Lunatic asylums Bombay report 1878-1890 - 1878-1890
Year: 1878
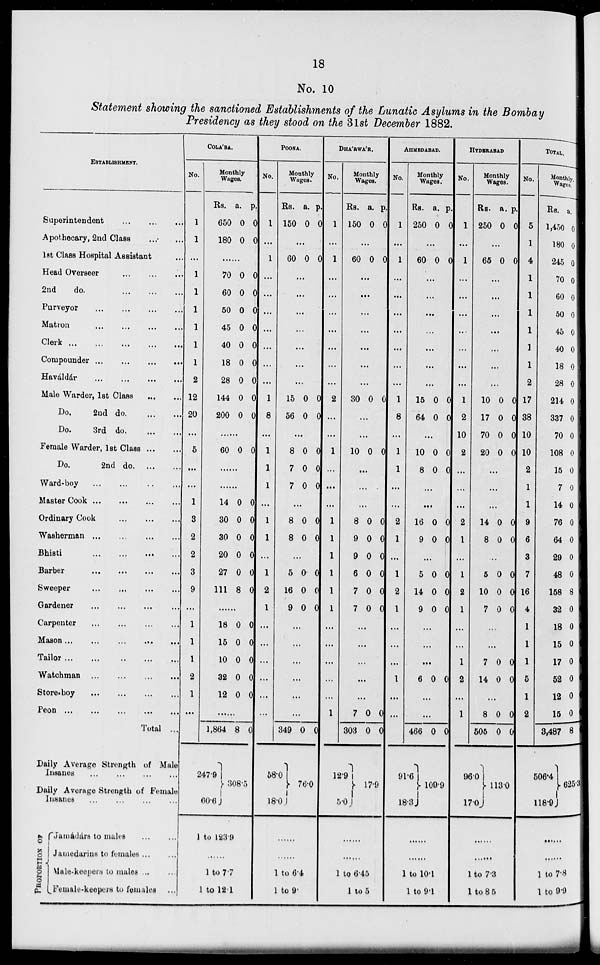
18
No. 10
Statement showing the sanctioned Establishments of the Lunatic Asylums in the Bombay
Presidency as they stood on the 31st December 1882.
ESTABLISHMENT.
Superintendent
...
...
...
Apothecary, 2nd Class ... ...
1st Class Hospital Assistant ...
Head Overseer ... ... ...
2nd
do.
...
...
...
Purveyor
...
...
...
...
Matron ... ... ... ...
Clerk
...
...
...
...
...
Compounder
...
...
...
...
Haváldár
...
...
...
...
Male Warder, 1st Class
...
...
Do.
2nd
do. ... ...
Do.
3rd
do. ... ...
Female Warder, 1st Class
...
...
Do.
2nd
do. ... ...
Ward-boy
...
...
..
...
Master Cook
...
...
...
...
Ordinary Cook
...
...
...
Washerman
...
...
...
...
Bhisti
...
...
...
...
Barber
...
...
...
...
Sweeper ... ... ... ...
Gardener
...
...
...
...
Carpenter
...
...
...
...
Mason...
...
...
...
...
Tailor
...
...
..
...
...
Watchman
...
...
...
...
Store-boy
...
...
...
...
Peon
...
...
...
...
...
Total ...
Daily Average Strength of Male
Insanes
...
...
...
...
Daily Average Strength of Female
Insanes
PROPORTION OF
Jamádárs to males ... ...
Jamedarins to females ... ...
Male-keepers to males ... ...
Female-keepers to females ...
COLA'BA.
No.
1
1
...
1
1
1
1
1
1
2
12
20
...
5
...
...
1
3
2
2
3
9
...
1
1
1
2
1
...
Monthly
Wages.
Rs.
650
180
a.
0
0
p.
0
0
......
70
60
50
45
40
18
28
144
200
0
0
0
0
0
0
0
0
0
0
0
0
0
0
0
0
0
0
......
60 0 0
......
......
14
30
30
20
27
111
0
0
0
0
0
8
0
0
0
0
0
0
......
18
15
10
32
12
0
0
0
0
0
0
0
0
0
0
...
1,864
247.9
60.6
8 0
308.5
1 to 123.9
......
1 to 7.7
1 to 12.1
POONA.
No.
1
...
1
...
...
...
...
...
...
...
1
8
...
1
1
1
...
1
1
...
1
2
1
...
...
...
...
...
...
Monthly
Wages.
Rs.
150
a.
0
p.
0
...
60 0 0
...
...
...
...
...
...
...
15
56
0
0
0
0
...
8
7
7
0
0
0
0
0
0
...
8
8
0
0
0
0
...
5
16
9
0
0
0
0
0
0
...
...
...
...
...
...
349
58.0
18.0
0 0
76.0
......
......
1 to 6.4
1 to 9
DHA'RWA'R.
No.
1
...
1
...
...
...
...
...
...
...
2
...
1
...
...
...
1
1
1
1
1
1
...
...
...
...
...
1
Monthly
Wages.
Rs.
150
a.
0
p.
0
...
60 0 0
...
...
...
...
...
...
...
30 0 0
...
...
10 0 0
...
...
...
8
9
9
6
7
7
0
0
0
0
0
0
0
0
0
0
0
0
...
...
...
...
...
7
303
12.9
5.0
0
0
0
0
17.9
......
......
1 to 6.45
1 to 5
AHMEDABAD.
No.
1
...
1
...
...
...
...
...
...
...
1
8
...
1
1
...
...
2
1
...
1
2
1
...
...
...
1
...
...
Monthly
Wages.
Rs.
250
a.
0
p.
0
...
60 0 0
...
...
...
...
...
...
...
15
64
0
0
0
0
...
10
8
0
0
0
0
...
...
16
9
0
0
0
0
...
5
14
9
0
0
0
0
0
0
...
...
...
6 0 0
...
...
466
91.6
18.3
0 0
109.9
......
......
1 to 10.1
1 to 9.1
HYDERABAD
No.
1
...
1
...
...
...
...
...
...
...
1
2
10
2
...
...
...
2
1
...
1
2
1
...
...
1
2
...
1
Monthly
Wages.
Rs.
250
a.
0
p.
0
...
65 0 0
...
...
...
...
...
...
...
10
17
70
20
0
0
0
0
0
0
0
0
...
...
...
14
8
0
0
0
0
...
5
10
7
0
0
0
0
0
0
...
...
7
14
0
0
0
0
...
8
505
96.0
17.0
0
0
0
0
113.0
......
......
1 to 7.3
1 to 85
TOTAL.
No.
5
1
4
1
1
1
1
1
1
2
17
38
10
10
2
1
1
9
6
3
7
16
4
1
1
1
5
1
2
Monthly.
Wages.
Rs.
1,450
180
245
70
60
50
45
40
18
28
214
337
70
108
15
7
14
76
64
29
48
158
32
18
15
17
52
12
15
3,487
506.4
118.9
a.
0
0
0
0
0
0
0
0
0
0
0
0
0
0
0
0
0
0
0
0
0
8
0
0
0
0
0
0
0
8
625.3
......
......
1 to 7.8
1 to 9.9